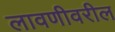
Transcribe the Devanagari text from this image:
लावणीवरील